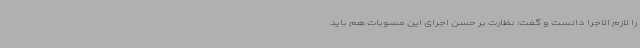
را لازم الاجرا دانست و گفت: نظارت بر حسن اجرای این مصوبات هم باید